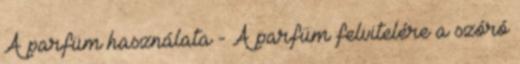
A parfüm használata - A parfüm felvitelére a szóró